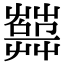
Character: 𦽱